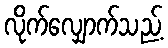
လိုက်လျှောက်သည့်